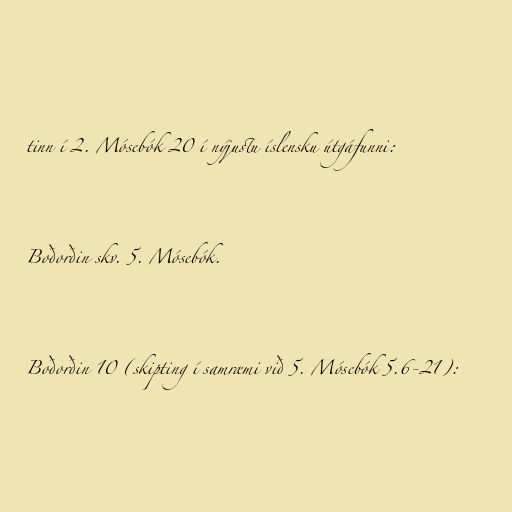
tinn í 2. Mósebók 20 í nýjustu íslensku útgáfunni:

Boðorðin skv. 5. Mósebók.

Boðorðin 10 (skipting í samræmi við 5. Mósebók 5.6-21):